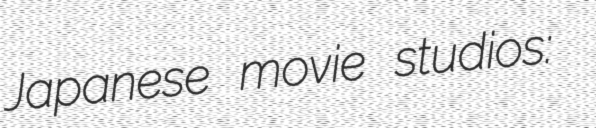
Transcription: Japanese movie studios: